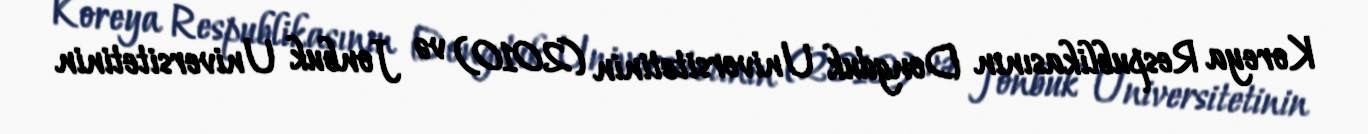
Koreya Respublikasının Dongduk Universitetinin (2010) və Jonbuk Universitetinin